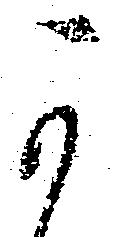
可